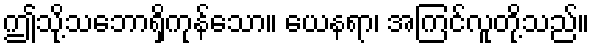
ဤသို့သဘောရှိကုန်သော။ ယေနရာ၊ အကြင်လူတို့သည်။